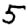
Digit: 5